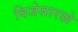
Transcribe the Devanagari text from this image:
विजेसारखे